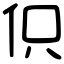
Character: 伿